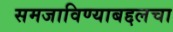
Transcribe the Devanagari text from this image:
समजाविण्याबद्दलचा